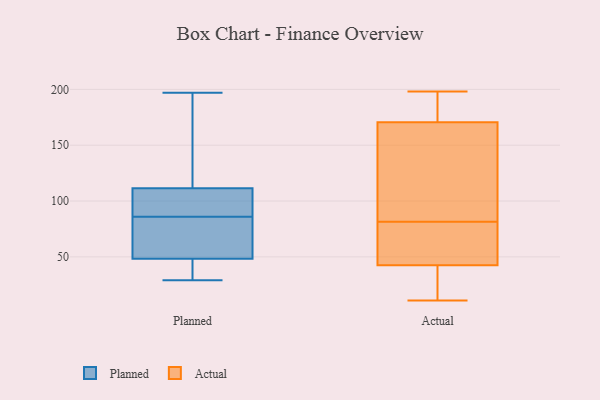
{"axis": {"x": "Active Users", "y": "Value"}, "legend": ["Actual", "Planned"], "data": [{"x": "", "y": 63, "type": "Planned"}, {"x": "", "y": 112, "type": "Planned"}, {"x": "", "y": 29, "type": "Planned"}, {"x": "", "y": 52, "type": "Planned"}, {"x": "", "y": 135, "type": "Planned"}, {"x": "", "y": 135, "type": "Planned"}, {"x": "", "y": 86, "type": "Planned"}, {"x": "", "y": 103, "type": "Planned"}, {"x": "", "y": 47, "type": "Planned"}, {"x": "", "y": 108, "type": "Planned"}, {"x": "", "y": 110, "type": "Planned"}, {"x": "", "y": 77, "type": "Planned"}, {"x": "", "y": 42, "type": "Planned"}, {"x": "", "y": 39, "type": "Planned"}, {"x": "", "y": 197, "type": "Planned"}, {"x": "", "y": 124, "type": "Actual"}, {"x": "", "y": 198, "type": "Actual"}, {"x": "", "y": 50, "type": "Actual"}, {"x": "", "y": 148, "type": "Actual"}, {"x": "", "y": 34, "type": "Actual"}, {"x": "", "y": 40, "type": "Actual"}, {"x": "", "y": 68, "type": "Actual"}, {"x": "", "y": 11, "type": "Actual"}, {"x": "", "y": 197, "type": "Actual"}, {"x": "", "y": 193, "type": "Actual"}, {"x": "", "y": 119, "type": "Actual"}, {"x": "", "y": 32, "type": "Actual"}, {"x": "", "y": 45, "type": "Actual"}, {"x": "", "y": 196, "type": "Actual"}, {"x": "", "y": 60, "type": "Actual"}, {"x": "", "y": 95, "type": "Actual"}]}